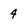
Character: 4